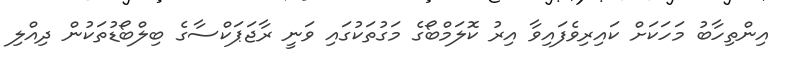
އިންތިހާބު މަހަކަށް ކައިރިވެފައިވާ އިރު ކޮލަމްބޯގެ މަގުތަކުގައި ވަނީ ރާޖަޕަކްސާގެ ބިލްބޯޑުތަކުން ދިއްލި